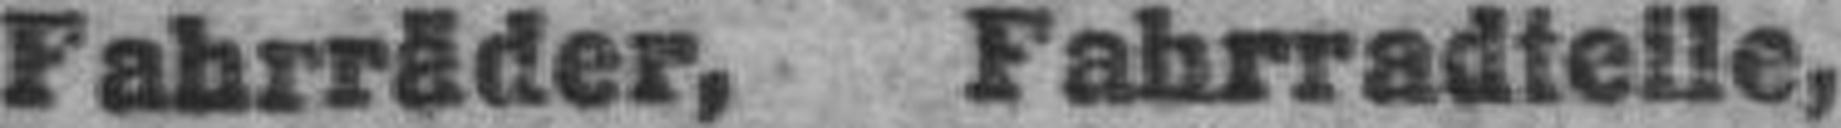
Fahrräder, Fahrradteile,